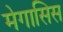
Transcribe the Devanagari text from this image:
मेगासिस